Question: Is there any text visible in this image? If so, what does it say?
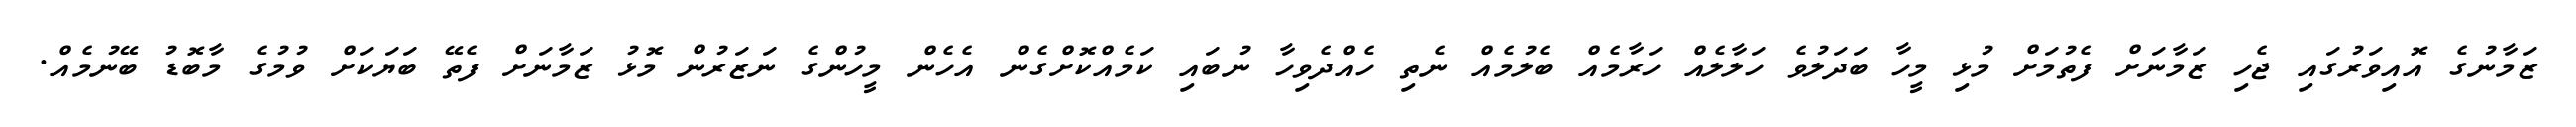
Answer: ޒަމާނުގެ އޮއިވަރުގައި ޖެހި ޒަމާނަށް ފެތުމަށް މުޅި މީހާ ބަދަލުވެ ހަލާލެއް ހަރާމެއް ބެލުމެއް ނެތި ހެއްދެވިހާ ނުބައި ކަމެއްކޮށްގެން އެހެން މީހުންގެ ނަޒަރުން މޮޅު ޒަމާނަށް ފެތޭ ބަޔަކަށް ވުމުގެ މާބޮޑު ބޭނުމެއް.